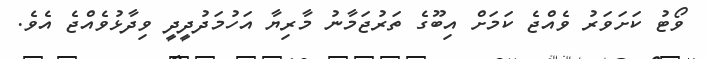
ވޯޓު ކަށަވަރު ވެއްޖެ ކަމަށް އިބޫގެ ތަރުޖަމާނު މާރިޔާ އަހުމަދުދީދީ ވިދާޅުވެއްޖެ އެވެ.